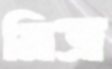
মিত্র